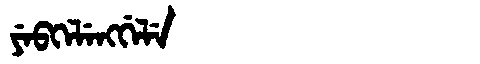
Manchu: ᠶᡝᠪᡴᡝᠯᡝᠩᡤᡝᠯᡝ
Romanization: YEBKELENGGELE